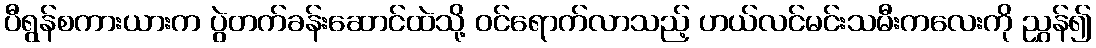
ပီရွန်စကားယားက ပွဲတက်ခန်းဆောင်ထဲသို့ ဝင်ရောက်လာသည့် ဟယ်လင်မင်းသမီးကလေးကို ညွှန်၍